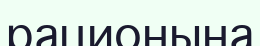
рационына